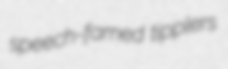
speech-famed tipplers